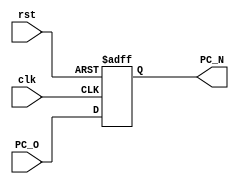
module PC(
input wire [31:0] PC_O,
input wire clk,rst,
output reg [31:0] PC_N
);
always @(posedge clk , negedge rst)
 begin
   if(!rst)
   PC_N<=32'b0;
   else
   PC_N<= PC_O;
end
endmodule